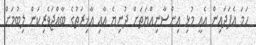
ހަމަ އެފަދައިން އެއީ މުޅި އިންސާނިއްޔަތަށް ދުނިޔެ އާއި އާޚިރަތުގެ ބާއްޖަވެރިކަން ލިބުމަށް